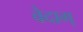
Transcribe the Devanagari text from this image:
वेदाग्